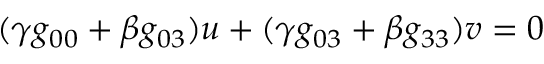
( \gamma g _ { 0 0 } + \beta g _ { 0 3 } ) u + ( \gamma g _ { 0 3 } + \beta g _ { 3 3 } ) v = 0